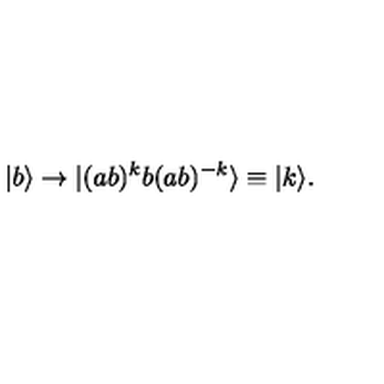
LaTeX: | b \rangle \to | ( a b ) ^ { k } b ( a b ) ^ { - k } \rangle \equiv | k \rangle .